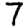
Digit: 7